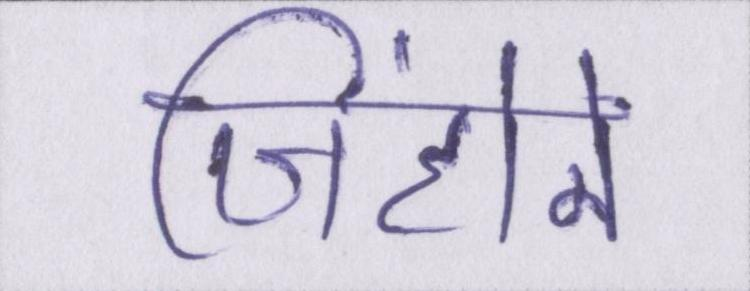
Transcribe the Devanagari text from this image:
जिंहोने